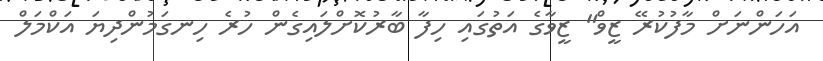
އަހަންނަށް މާފުކުރޭ ޒީވް" ޒީވާގެ އަތުގައި ހިފާ ބާރުކޮށްލައިގެން ހުރެ ހިނގަމުންދިޔަ އަކްމަލް